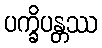
ပက္ခိပန္တဿ